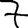
Digit: 7